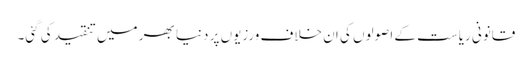
قانونی ریاست کے اصولوں کی ان خلاف ورزیوں پر دنیا بھر میں تنقید کی گئی۔